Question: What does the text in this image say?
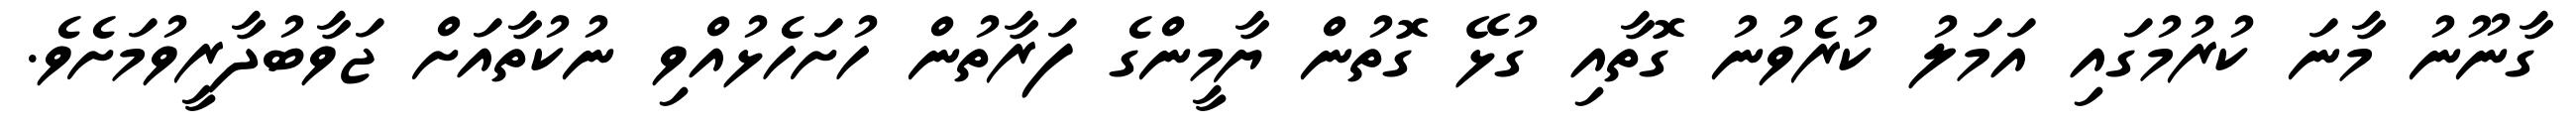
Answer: ގާނޫނު މާނަ ކުރުމުގައި އަމަލު ކުރެވުނު ގޮތާއި ގުޅޭ ގޮތުން ޔާމީންގެ ފަރާތުން ހުށަހެޅުއްވި ނުކުތާއަށް ޖަވާބުދާރީވުމަށެވެ.